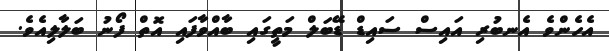
އެހެންވެ އެނބުރި އައިސް ސައިޑް ޑޭބަލް މަތީގައި ބާއްވާފައި އޮތް ފޯނު ބަލާލިއެވެ.